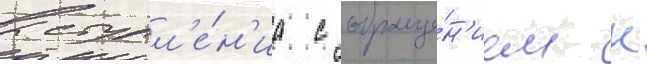
выступл'е́н'иа с обраще́н'ием к